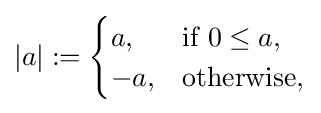
|a|:={\begin{cases}a,&{\mbox{if }}0\leq a,\\-a,&{\mbox{otherwise}},\end{cases}}